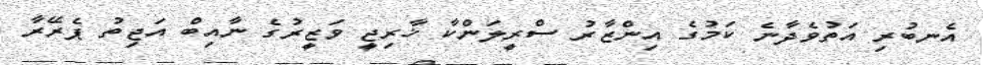
އެނބުރި އަތުވެދާނެ ކަމުގެ އިންޒާރު ސްރީލަންކާ ޚާރިޖީ ވަޒީރުގެ ނާއިބް އަޖިތު ޕެރޭރާ